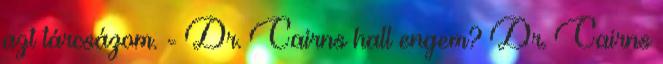
azt tárcsázom. - Dr. Cairns hall engem? Dr. Cairns